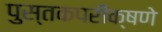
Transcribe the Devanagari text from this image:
पुस्तकपरीक्षणे